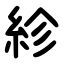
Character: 紾